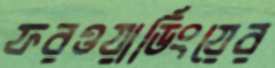
ফরওয়ার্ডিংয়ের